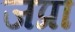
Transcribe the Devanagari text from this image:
जप्रा